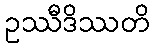
ဥဿီဒိဿတိ